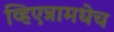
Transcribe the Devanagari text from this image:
व्हिएन्नामधेच